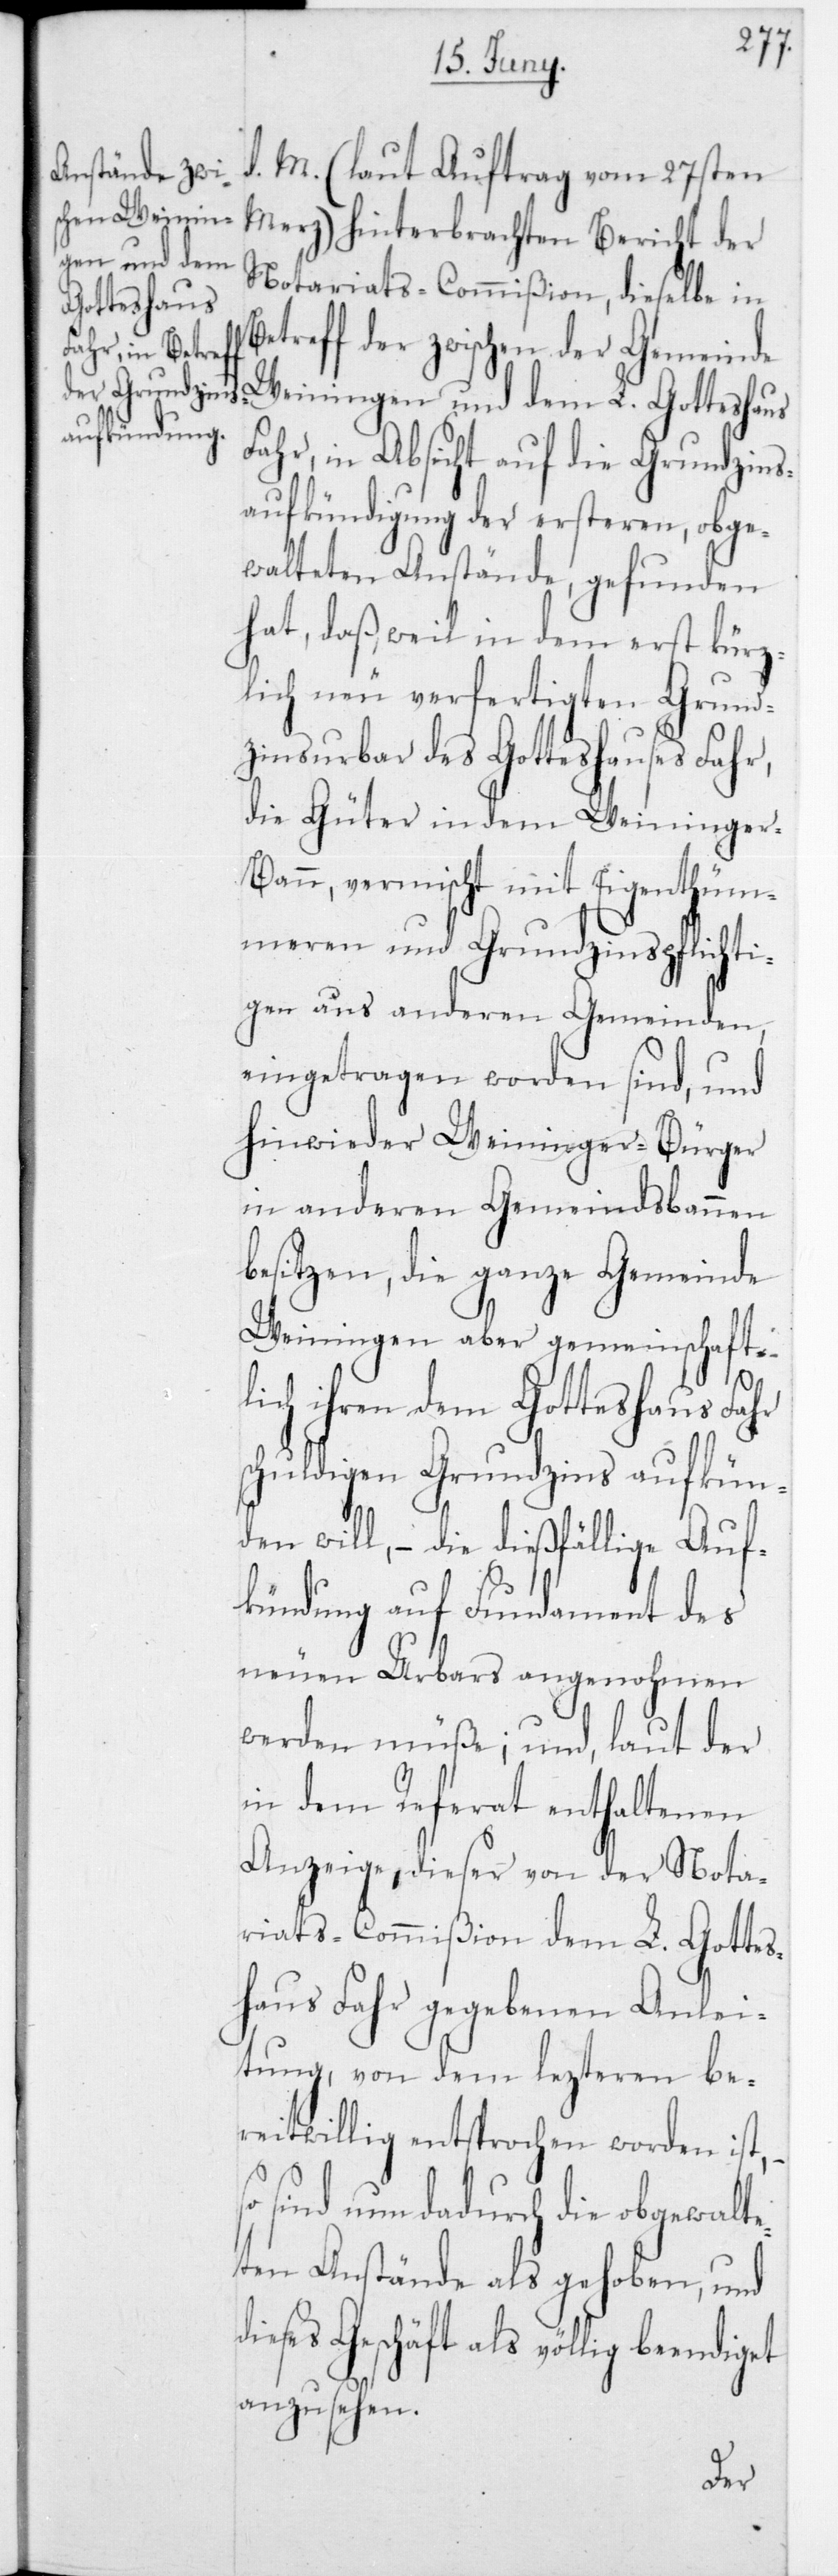
Merz) hinterbrachten Bericht der
Notariats-Commißion, dieselbe in
Betreff der zwischen der Gemeinde
Weiningen und dem L. Gotteshaus
Fahr, in Absicht auf die Grundzins¬
aufkündigung der ersteren, obge¬
walteten Anstände, gefunden
hat, daß, weil in dem erst kürz¬
lich neu verfertigten Grund¬
zinsurbar des Gotteshauses Fahr,
die Güter in dem Weininger-B¬
ann, vermischt mit Eigenthümm¬
eren und Grundzinspflichti¬
gen aus anderen Gemeinden
eingetragen worden sind, und
hinwieder Weininger-Bürger
in anderen Gemeindsbannen
besitzen, die ganze Gemeinde
Weiningen aber gemeinschaft¬
lich ihren dem Gotteshaus Fahr
schuldigen Grundzins aufkün¬
den will, – die dießfällige Auf¬
kündung auf Fundament des
neuen Urbars angenohmen
werden müße; und laut der
in dem Referath enthaltenen
Anzeige, dieser von der Nota¬
riats-Commißion dem L. Gottes¬
haus Fahr gegebenen Anlei¬
tung, von dem lezteren be¬
reitwillig entsprochen worden ist,
sind nun dadurch die obgewalte¬
ten Anstände als gehoben, und
dieses Geschäft als völlig
anzusehen.